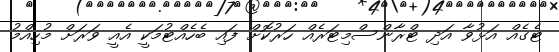
ޓެގެއް އަޅުވާ އަދި ޓްރާންސްމިޓަރެއް ހަރުކޮށް ފައި ބެހެއްޓުމަކީ އެއީ ވަރަށް މުހިއްމު